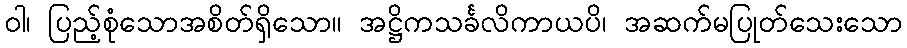
ဝါ၊ ပြည့်စုံသောအစိတ်ရှိသော။ အဋ္ဌိကသင်္ခလိကာယပိ၊ အဆက်မပြုတ်သေးသော